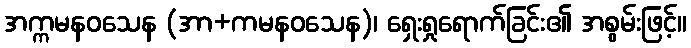
အက္ကမနဝသေန (အာ+ကမနဝသေန)၊ ရှေးရှုရောက်ခြင်း၏ အစွမ်းဖြင့်။